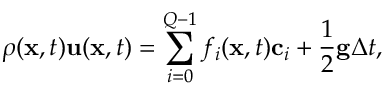
\rho ( \mathbf { x } , t ) \mathbf { u } ( \mathbf { x } , t ) = \sum _ { i = 0 } ^ { Q - 1 } f _ { i } ( \mathbf { x } , t ) \mathbf { c } _ { i } + \frac { 1 } { 2 } \mathbf { g } \Delta t ,